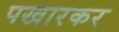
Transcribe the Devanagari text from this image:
पखारकर